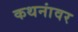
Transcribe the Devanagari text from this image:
कथनांवर